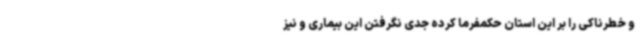
و خطرناکی را بر این استان حکمفرما کرده جدی نگرفتن این بیماری و نیز